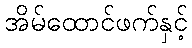
အိမ်ထောင်ဖက်နှင့်